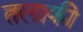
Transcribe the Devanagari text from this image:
तलाकी